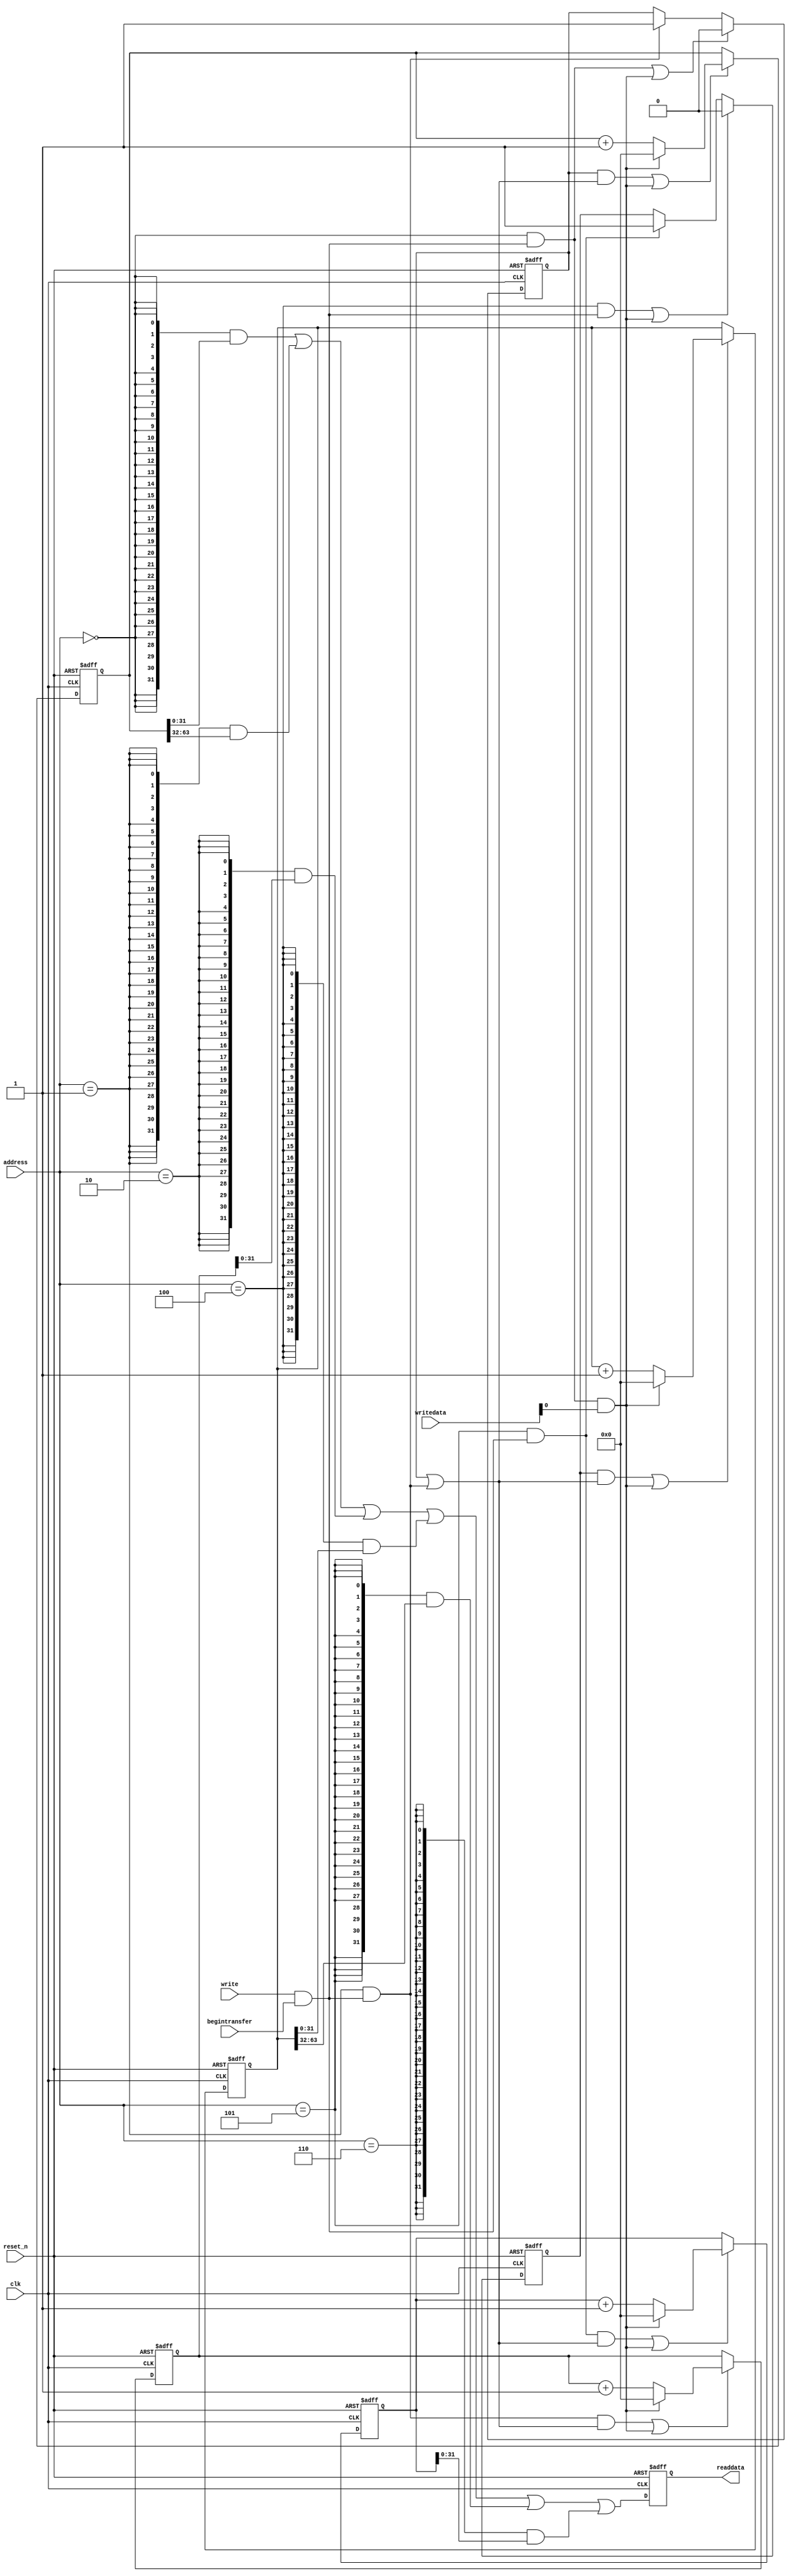
//Legal Notice: (C)2017 Altera Corporation. All rights reserved.  Your
//use of Altera Corporation's design tools, logic functions and other
//software and tools, and its AMPP partner logic functions, and any
//output files any of the foregoing (including device programming or
//simulation files), and any associated documentation or information are
//expressly subject to the terms and conditions of the Altera Program
//License Subscription Agreement or other applicable license agreement,
//including, without limitation, that your use is for the sole purpose
//of programming logic devices manufactured by Altera and sold by Altera
//or its authorized distributors.  Please refer to the applicable
//agreement for further details.

// synthesis translate_off
`timescale 1ns / 1ps
// synthesis translate_on

// turn off superfluous verilog processor warnings 
// altera message_level Level1 
// altera message_off 10034 10035 10036 10037 10230 10240 10030 

module system_pcu (
                    // inputs:
                     address,
                     begintransfer,
                     clk,
                     reset_n,
                     write,
                     writedata,

                    // outputs:
                     readdata
                  )
;

  output  [ 31: 0] readdata;
  input   [  2: 0] address;
  input            begintransfer;
  input            clk;
  input            reset_n;
  input            write;
  input   [ 31: 0] writedata;


wire             clk_en;
reg     [ 63: 0] event_counter_0;
reg     [ 63: 0] event_counter_1;
wire             global_enable;
wire             global_reset;
wire             go_strobe_0;
wire             go_strobe_1;
wire    [ 31: 0] read_mux_out;
reg     [ 31: 0] readdata;
wire             stop_strobe_0;
wire             stop_strobe_1;
reg     [ 63: 0] time_counter_0;
reg     [ 63: 0] time_counter_1;
reg              time_counter_enable_0;
reg              time_counter_enable_1;
wire             write_strobe;
  //control_slave, which is an e_avalon_slave
  assign clk_en = -1;
  assign write_strobe = write & begintransfer;
  always @(posedge clk or negedge reset_n)
    begin
      if (reset_n == 0)
          time_counter_0 <= 0;
      else if ((time_counter_enable_0 & global_enable) | global_reset)
          if (global_reset)
              time_counter_0 <= 0;
          else 
            time_counter_0 <= time_counter_0 + 1;
    end


  always @(posedge clk or negedge reset_n)
    begin
      if (reset_n == 0)
          event_counter_0 <= 0;
      else if ((go_strobe_0 & global_enable) | global_reset)
          if (global_reset)
              event_counter_0 <= 0;
          else 
            event_counter_0 <= event_counter_0 + 1;
    end


  assign stop_strobe_0 = (address == 0) && write_strobe;
  assign go_strobe_0 = (address == 1) && write_strobe;
  always @(posedge clk or negedge reset_n)
    begin
      if (reset_n == 0)
          time_counter_enable_0 <= 0;
      else if (clk_en)
          if (stop_strobe_0 | global_reset)
              time_counter_enable_0 <= 0;
          else if (go_strobe_0)
              time_counter_enable_0 <= -1;
    end


  assign global_enable = time_counter_enable_0 | go_strobe_0;
  assign global_reset = stop_strobe_0 && writedata[0];
  always @(posedge clk or negedge reset_n)
    begin
      if (reset_n == 0)
          time_counter_1 <= 0;
      else if ((time_counter_enable_1 & global_enable) | global_reset)
          if (global_reset)
              time_counter_1 <= 0;
          else 
            time_counter_1 <= time_counter_1 + 1;
    end


  always @(posedge clk or negedge reset_n)
    begin
      if (reset_n == 0)
          event_counter_1 <= 0;
      else if ((go_strobe_1 & global_enable) | global_reset)
          if (global_reset)
              event_counter_1 <= 0;
          else 
            event_counter_1 <= event_counter_1 + 1;
    end


  assign stop_strobe_1 = (address == 4) && write_strobe;
  assign go_strobe_1 = (address == 5) && write_strobe;
  always @(posedge clk or negedge reset_n)
    begin
      if (reset_n == 0)
          time_counter_enable_1 <= 0;
      else if (clk_en)
          if (stop_strobe_1 | global_reset)
              time_counter_enable_1 <= 0;
          else if (go_strobe_1)
              time_counter_enable_1 <= -1;
    end


  assign read_mux_out = ({32 {(address == 0)}} & time_counter_0[31 : 0]) |
    ({32 {(address == 1)}} & time_counter_0[63 : 32]) |
    ({32 {(address == 2)}} & event_counter_0) |
    ({32 {(address == 4)}} & time_counter_1[31 : 0]) |
    ({32 {(address == 5)}} & time_counter_1[63 : 32]) |
    ({32 {(address == 6)}} & event_counter_1);

  always @(posedge clk or negedge reset_n)
    begin
      if (reset_n == 0)
          readdata <= 0;
      else if (clk_en)
          readdata <= read_mux_out;
    end



endmodule